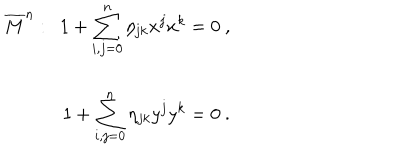
\begin{array} { r } { { \overline { { { M } } } ^ { n } : ~ ~ 1 + \displaystyle \sum _ { i , j = 0 } ^ { n } \eta _ { j k } x ^ { j } x ^ { k } = 0 ~ , } } \\ { { 1 + \displaystyle \sum _ { i , j = 0 } ^ { n } \eta _ { j k } y ^ { j } y ^ { k } = 0 ~ . } } \\ \end{array}